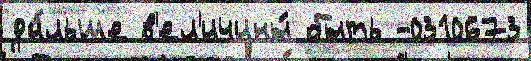
да́льше в'ел'ичины́ быть -0310673